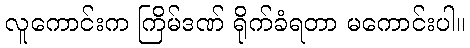
လူကောင်းက ကြိမ်ဒဏ် ရိုက်ခံရတာ မကောင်းပါ။